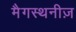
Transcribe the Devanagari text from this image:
मैगस्थनीज़